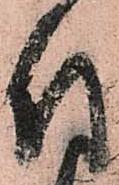
付